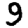
Digit: 9